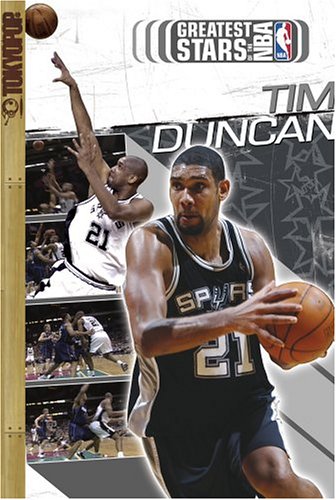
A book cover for Greatest Stars of the NBA Volume 2: Tim Duncan (Greatest Stars of the NBA 2004); Tokyopop; Sports & Outdoors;